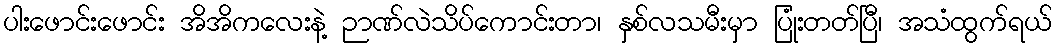
ပါးဖောင်းဖောင်း အိအိကလေးနဲ့ ဉာဏ်လဲသိပ်ကောင်းတာ၊ နှစ်လသမီးမှာ ပြုံးတတ်ပြီ၊ အသံထွက်ရယ်